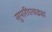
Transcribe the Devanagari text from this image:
सुपारीएवढ्या